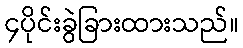
၄ပိုင်းခွဲခြားထားသည်။